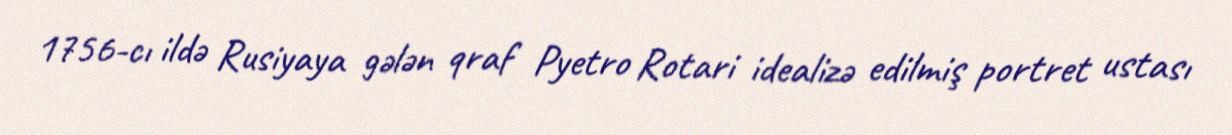
1756-cı ildə Rusiyaya gələn qraf Pyetro Rotari idealizə edilmiş portret ustası